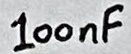
Text: 100nF